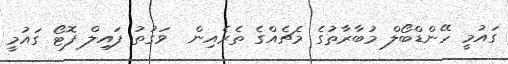
ގައުމީ ހޭންޑްބޯލް މުބާރާތުގެ މެޗެއްގެ ތެރެއިން  ވަގުތު ފައިލް ފޮޓޯ ގައުމީ